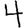
Digit: 4